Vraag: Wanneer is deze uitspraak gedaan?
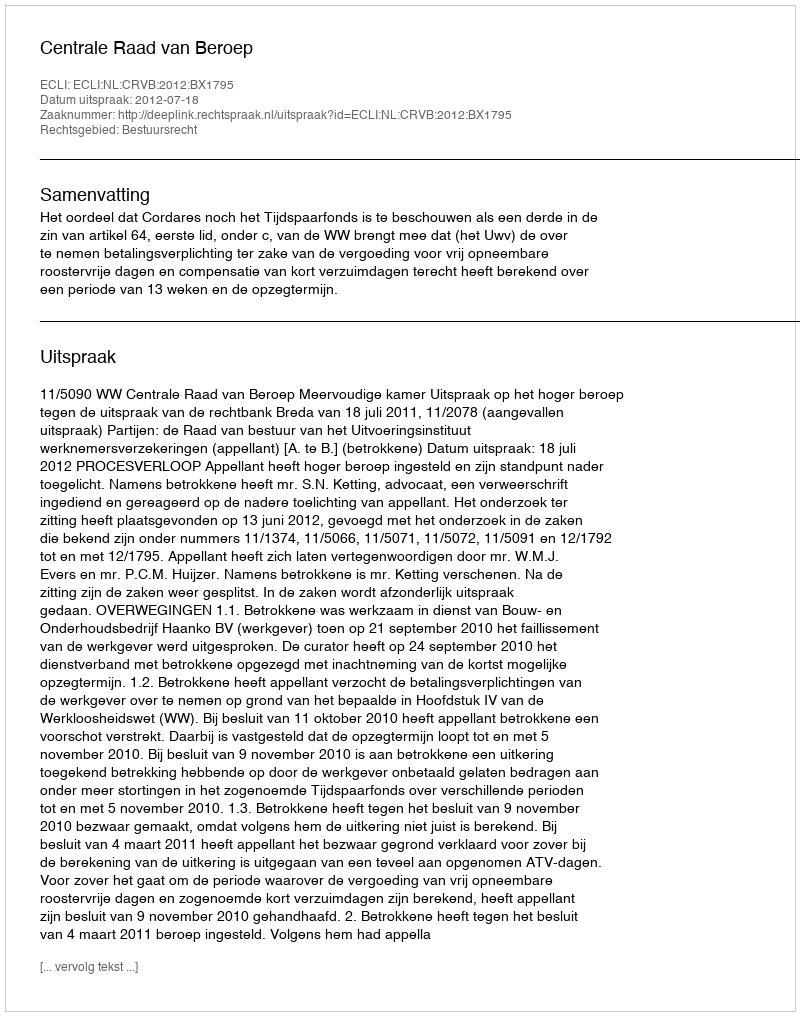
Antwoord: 2012-07-18